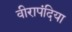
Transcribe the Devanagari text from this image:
वीरापंदिया